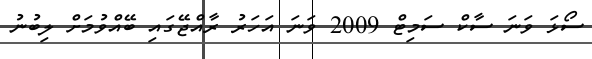
ސޯޅަ ވަނަ ސާކް ސަމިޓް 2009 ވަނަ އަހަރު ރާއްޖޭގައި ބޭއްވުމަށް ލިބުނު